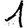
Digit: 1